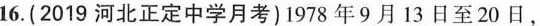
16. (2019河北正定中学月考) 1978年9月13日至20日，